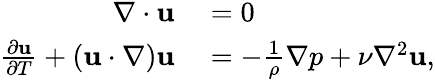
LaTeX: \begin{array}{rl}{\nabla\cdot\textbf{u}}&{{}=0}\\ {\frac{\partial\textbf{u}}{\partial T}+(\textbf{u}\cdot\nabla)\textbf{u}}&{{}=-\frac{1}{\rho}\nabla p+\nu\nabla^{2}\textbf{u},}\end{array}